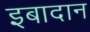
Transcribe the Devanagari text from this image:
इबादान